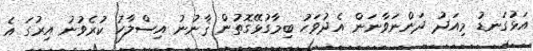
އަޅުގަނޑު މިއަދު ދަންނަވާނަން އެދުވަހު ބިމާގުޅޭގޮތުން ޤާނުނު އިސްލާހު ކުރެވުނު އިރުގަ އެ